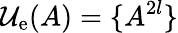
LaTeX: \mathcal{U}_{\mathrm{e}}(A)=\{ A^{2l}\}